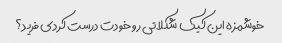
خوشمزه این کیک شکلاتی رو خودت درست کردی فرید؟